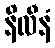
နိလီနံ